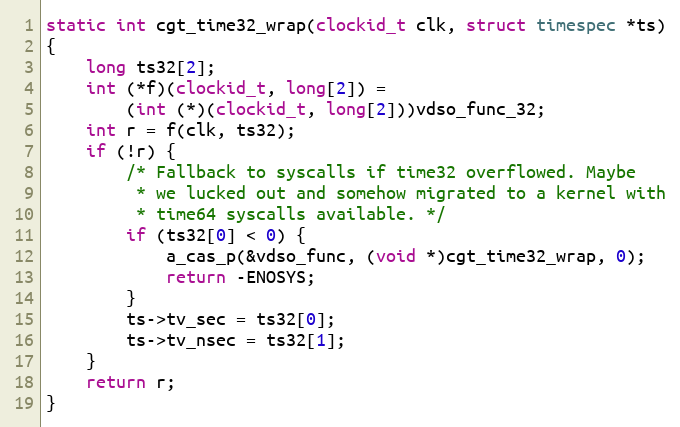
Language: C
static int cgt_time32_wrap(clockid_t clk, struct timespec *ts)
{
	long ts32[2];
	int (*f)(clockid_t, long[2]) =
		(int (*)(clockid_t, long[2]))vdso_func_32;
	int r = f(clk, ts32);
	if (!r) {
		/* Fallback to syscalls if time32 overflowed. Maybe
		 * we lucked out and somehow migrated to a kernel with
		 * time64 syscalls available. */
		if (ts32[0] < 0) {
			a_cas_p(&vdso_func, (void *)cgt_time32_wrap, 0);
			return -ENOSYS;
		}
		ts->tv_sec = ts32[0];
		ts->tv_nsec = ts32[1];
	}
	return r;
}